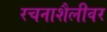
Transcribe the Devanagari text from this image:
रचनाशैलीवर